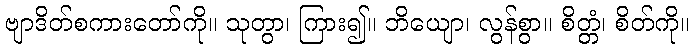
ဗျာဒိတ်စကားတော်ကို။ သုတွာ၊ ကြား၍။ ဘိယျော၊ လွန်စွာ။ စိတ္တံ၊ စိတ်ကို။